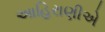
આહિરાણીએ